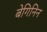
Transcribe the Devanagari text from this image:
बेगिनिन